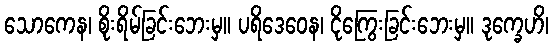
သောကေန၊ စိုးရိမ်ခြင်းဘေးမှ။ ပရိဒေဝေန၊ ငိုကြွေးခြင်းဘေးမှ။ ဒုက္ခေဟိ၊